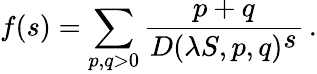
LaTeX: f(s)=\sum_{p,q>0}\frac{p+q}{D(\lambda S,p,q)^{\textstyle s}}\, .